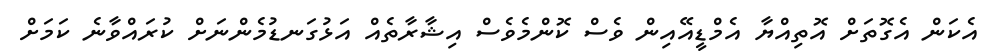
އެކަން އެގޮތަށް އޮތިއްޔާ އެމްޑީއޭއިން ވެސް ކޮންމެވެސް އިޝާރާތެއް އަޅުގަނޑުމެންނަށް ކުރައްވާނެ ކަމަށް